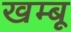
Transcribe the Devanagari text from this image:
खम्बू